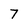
Character: 7